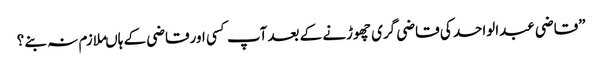
”قاضی عبدالواحد کی قاضی گری چھوڑنے کے بعدآپ کسی اورقاضی کے ہاںملازم نہ بنے ؟